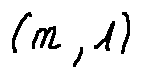
( n , 1 )